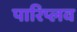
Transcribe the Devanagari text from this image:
पारिप्लव